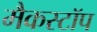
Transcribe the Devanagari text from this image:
मैकस्टॉप